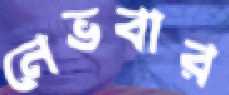
নেভবার